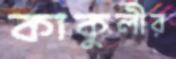
কাকুলীর